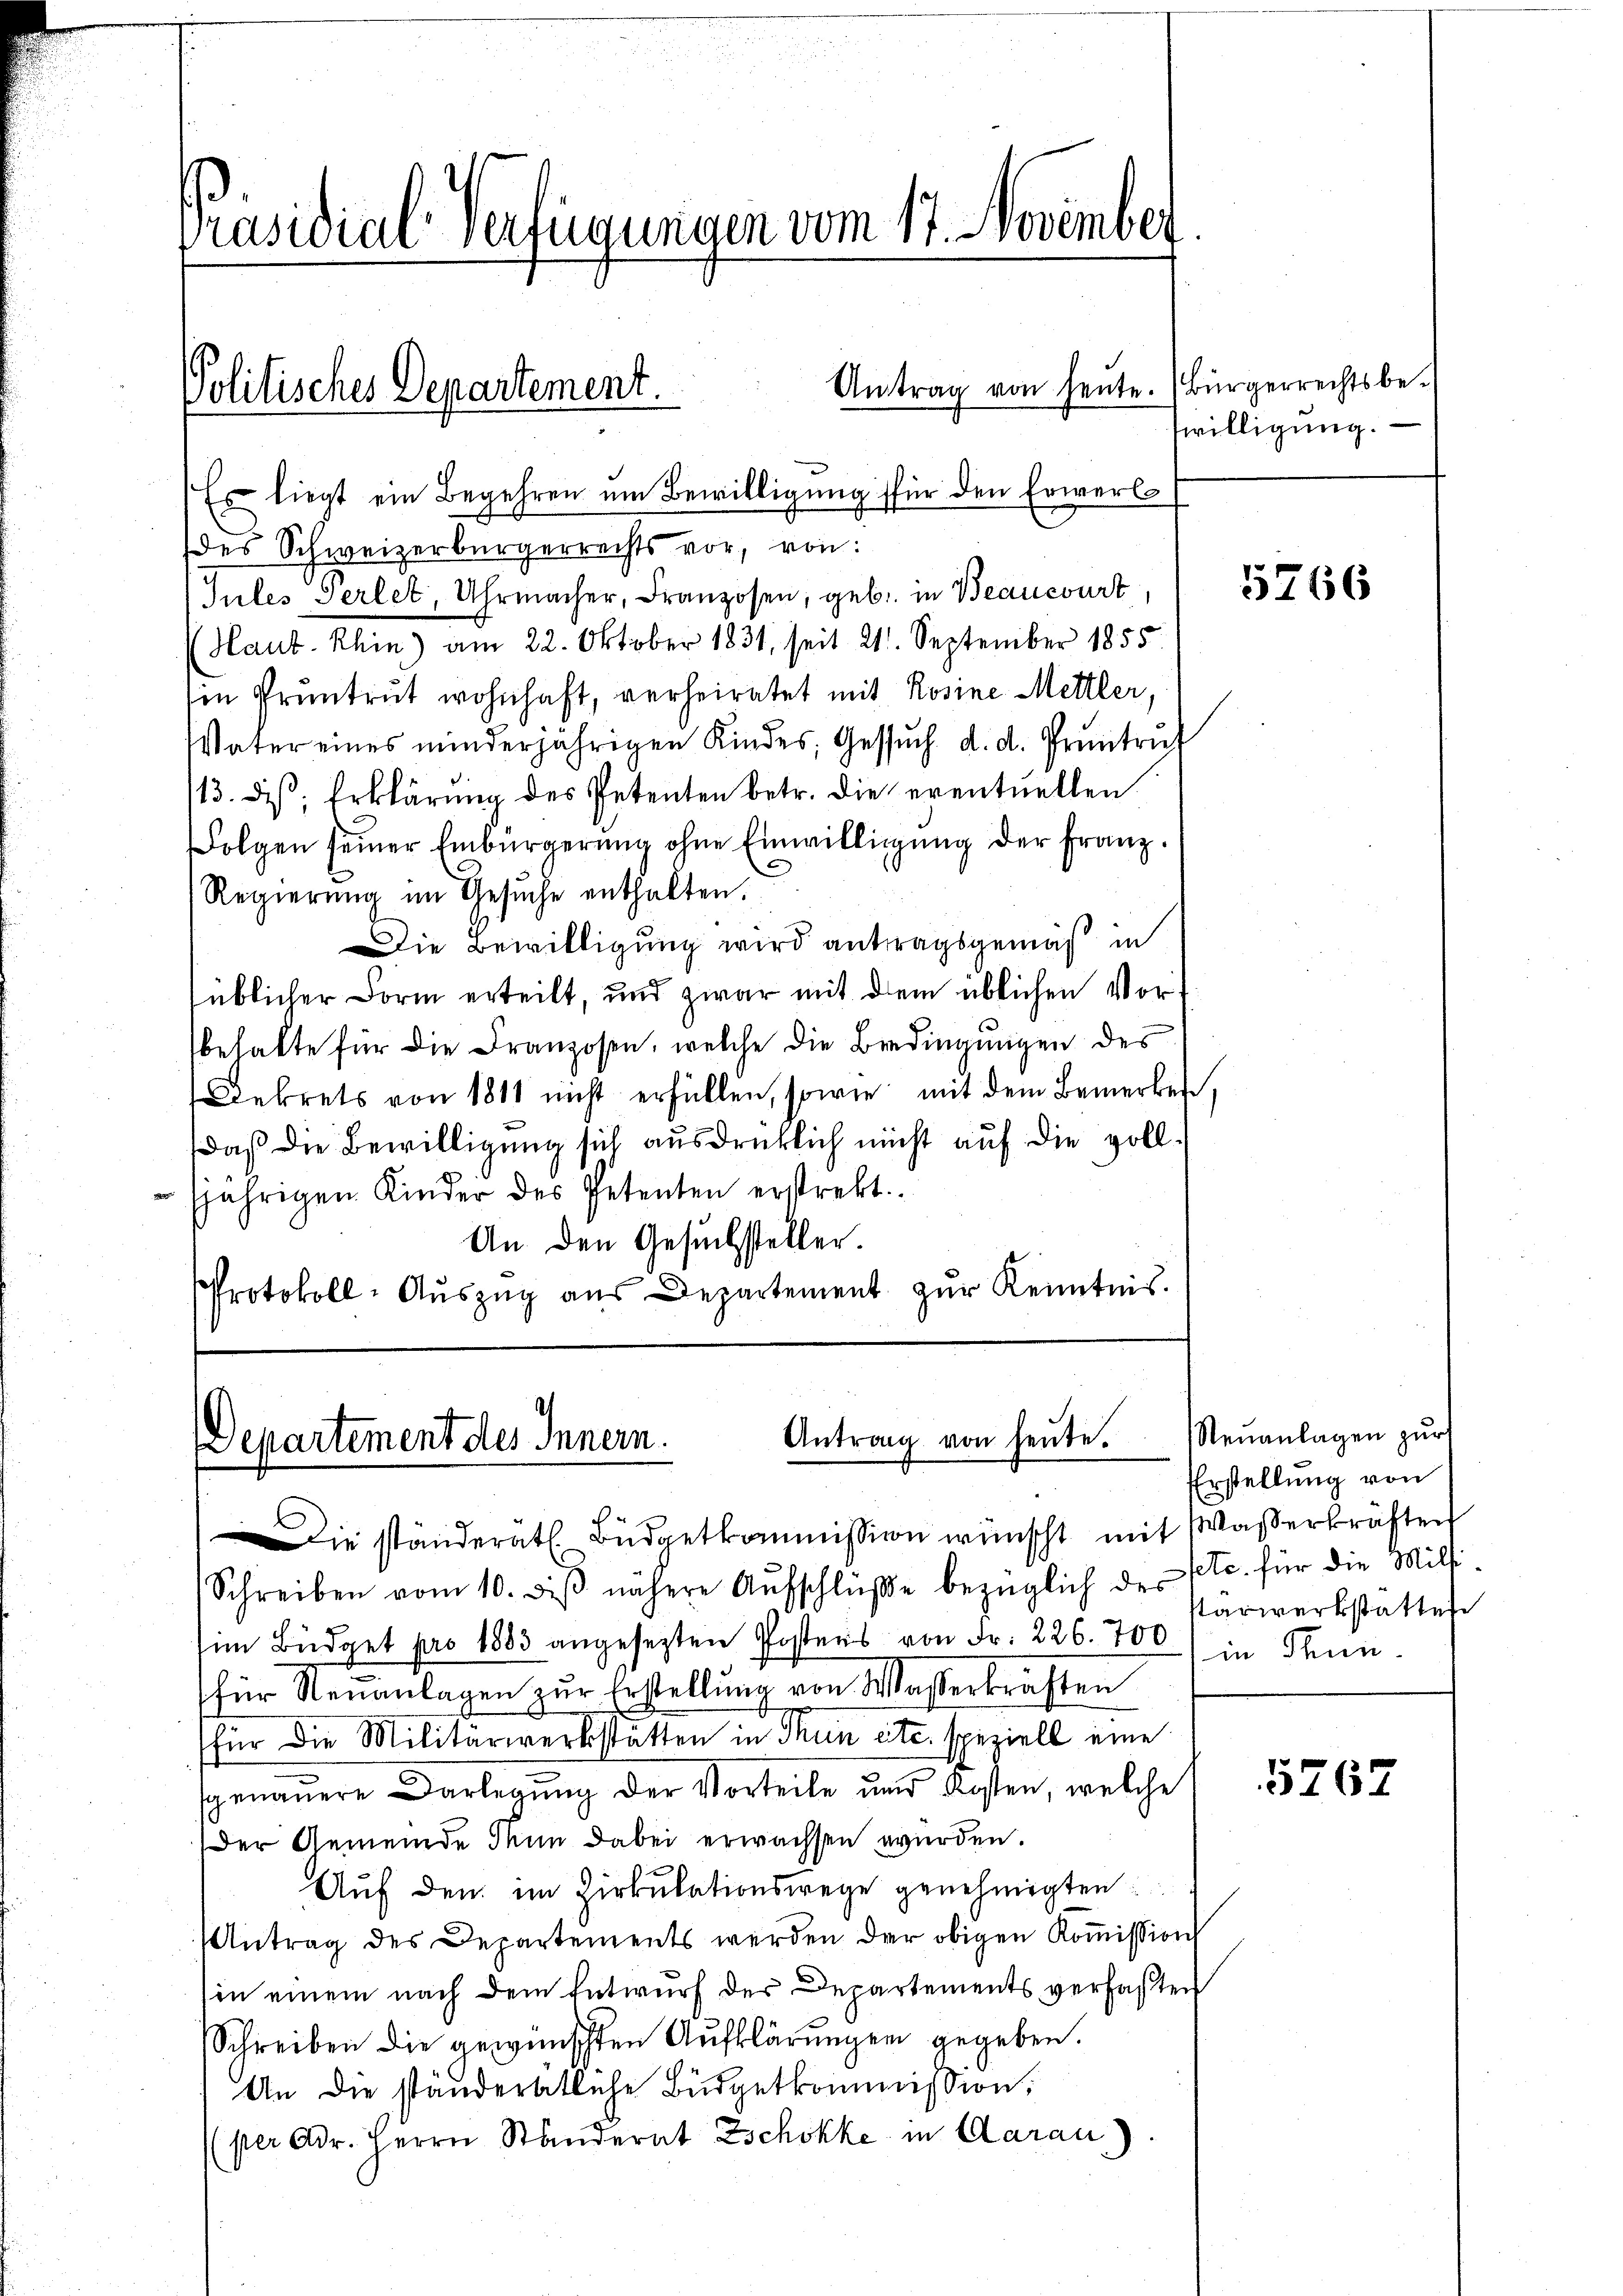
Präsidial-Verfügungen vom 17. November

Politisches Departement.

Es liegt ein Begehren um Bewilligung für den Erwerbs

Antrag von heute.

des Schweizerbürgerrechts vor, von:
Jules Gerlet, Uhrmacher, Franzosen, geb. in Beancourt
Haut Khin) am 22. Oktober 1831, seit 211. September 1855.
sen Pruntrut wohnhaft, verheiratet mit Rosine Mettler,
Vater eines minderjährigen Kindes, Gesŭch d. d. Pruntrut
113. ds. Erklärŭng des Petenten betr. die eventuellen
Folgen seiner Einbürgerung ohne Einwilligŭng der Franz.
Regierung im Gesŭche enthalten.
Die Bewilligung wird antragsgemäß in
süblicher Form erteilt, und zwar mit dem üblichen Vorbehalte für die Franzosen, welche die Bedingungen des
Dekrets von 1811 nicht erfüllen, sowie mit dem Bemerken,
daß die Bewilligung sich ausdrücklich nicht auf die vollfjährigen Kinder des Petenten erstrekt
An den Gesuchsteller.
Protokoll-Auszug aus Departement zur Kenntnis.

Antrag von heute.
Departement des Innern.

Die ständerat. Büdgetkommission wünscht mit Waßerkräften
Schreiben vom 10. diβ nähere Aŭfschlüβe bezüglich der etc. für die Milli
im Büdget pro 1883 angesezten Postens von Fr. 226. 700 ) in Thun
für Neuanlagen zŭr Erstellŭng von Wasserkräften
für die Militärwerkstätten in Thun etc. speziell eine
sgenaŭere Darlegŭng der Vorteile und Kosten, welche
der Gemeinde Man dabei erwachsen wurden.
Auf den im Zirkulationswege genehmigten
Antrag des Departements werden der obigen Koṁission
sin einem nach dem Entwurf der Departements verfaßten
Schreiben die gewünschten Aufklärungen gegeben.
An die ständerätliche Büdgetkommission,
per Adr. Herrn Standerat Zschokke in Aarau

Bürgerrechtsbeswilligung.

5766

Neŭanlagen zur
Erstellung von
Ptarwerkstattete

5267